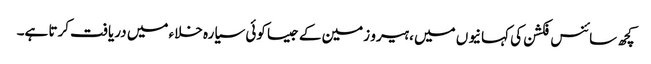
کچھ سائنس فکشن کی کہانیوں میں ، ہیرو زمین کے جیسا کوئی سیارہ خلاء میں دریافت کرتا ہے۔